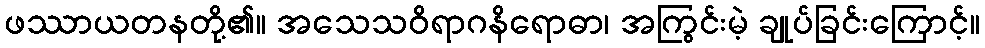
ဖဿာယတနတို့၏။ အသေသဝိရာဂနိရောဓာ၊ အကြွင်းမဲ့ ချုပ်ခြင်းကြောင့်။